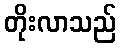
တိုးလာသည်